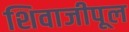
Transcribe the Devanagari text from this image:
शिवाजीपूल